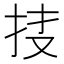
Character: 𢫇